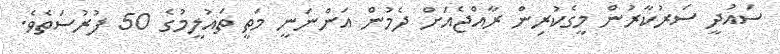
ސައުދީ ސަރުކާރުން މީގެކުރިން ރާއްޖެއަށް ދެމުން އަންނަނީ މަތީ ތައުލީމުގެ 50 ފުރުސަތެވެ.